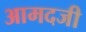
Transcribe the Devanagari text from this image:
आमदजी